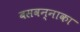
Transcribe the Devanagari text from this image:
बसवन्नाका